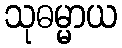
သုဓမ္မာယ